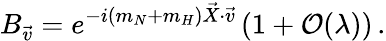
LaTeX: B_{\vec{v}}=e^{-i(m_{N}+m_{H})\vec{X}\cdot\vec{v}}\left(1+{\cal O}(\lambda)\right)\, .